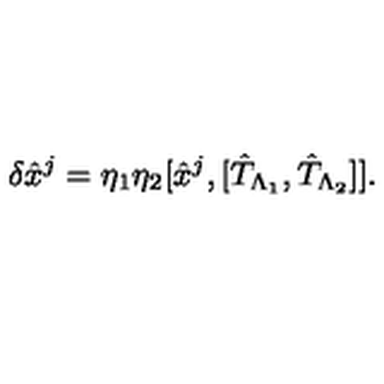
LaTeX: \delta { \hat { x } } ^ { j } = \eta _ { 1 } \eta _ { 2 } [ { \hat { x } } ^ { j } , [ { \hat { T } } _ { \Lambda _ { 1 } } , { \hat { T } } _ { \Lambda _ { 2 } } ] ] .